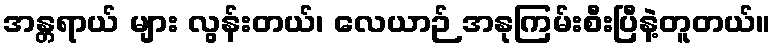
အန္တရာယ် များ လွန်းတယ်၊ လေယာဉ် အနုကြမ်းစီးပြီနဲ့တူတယ်။